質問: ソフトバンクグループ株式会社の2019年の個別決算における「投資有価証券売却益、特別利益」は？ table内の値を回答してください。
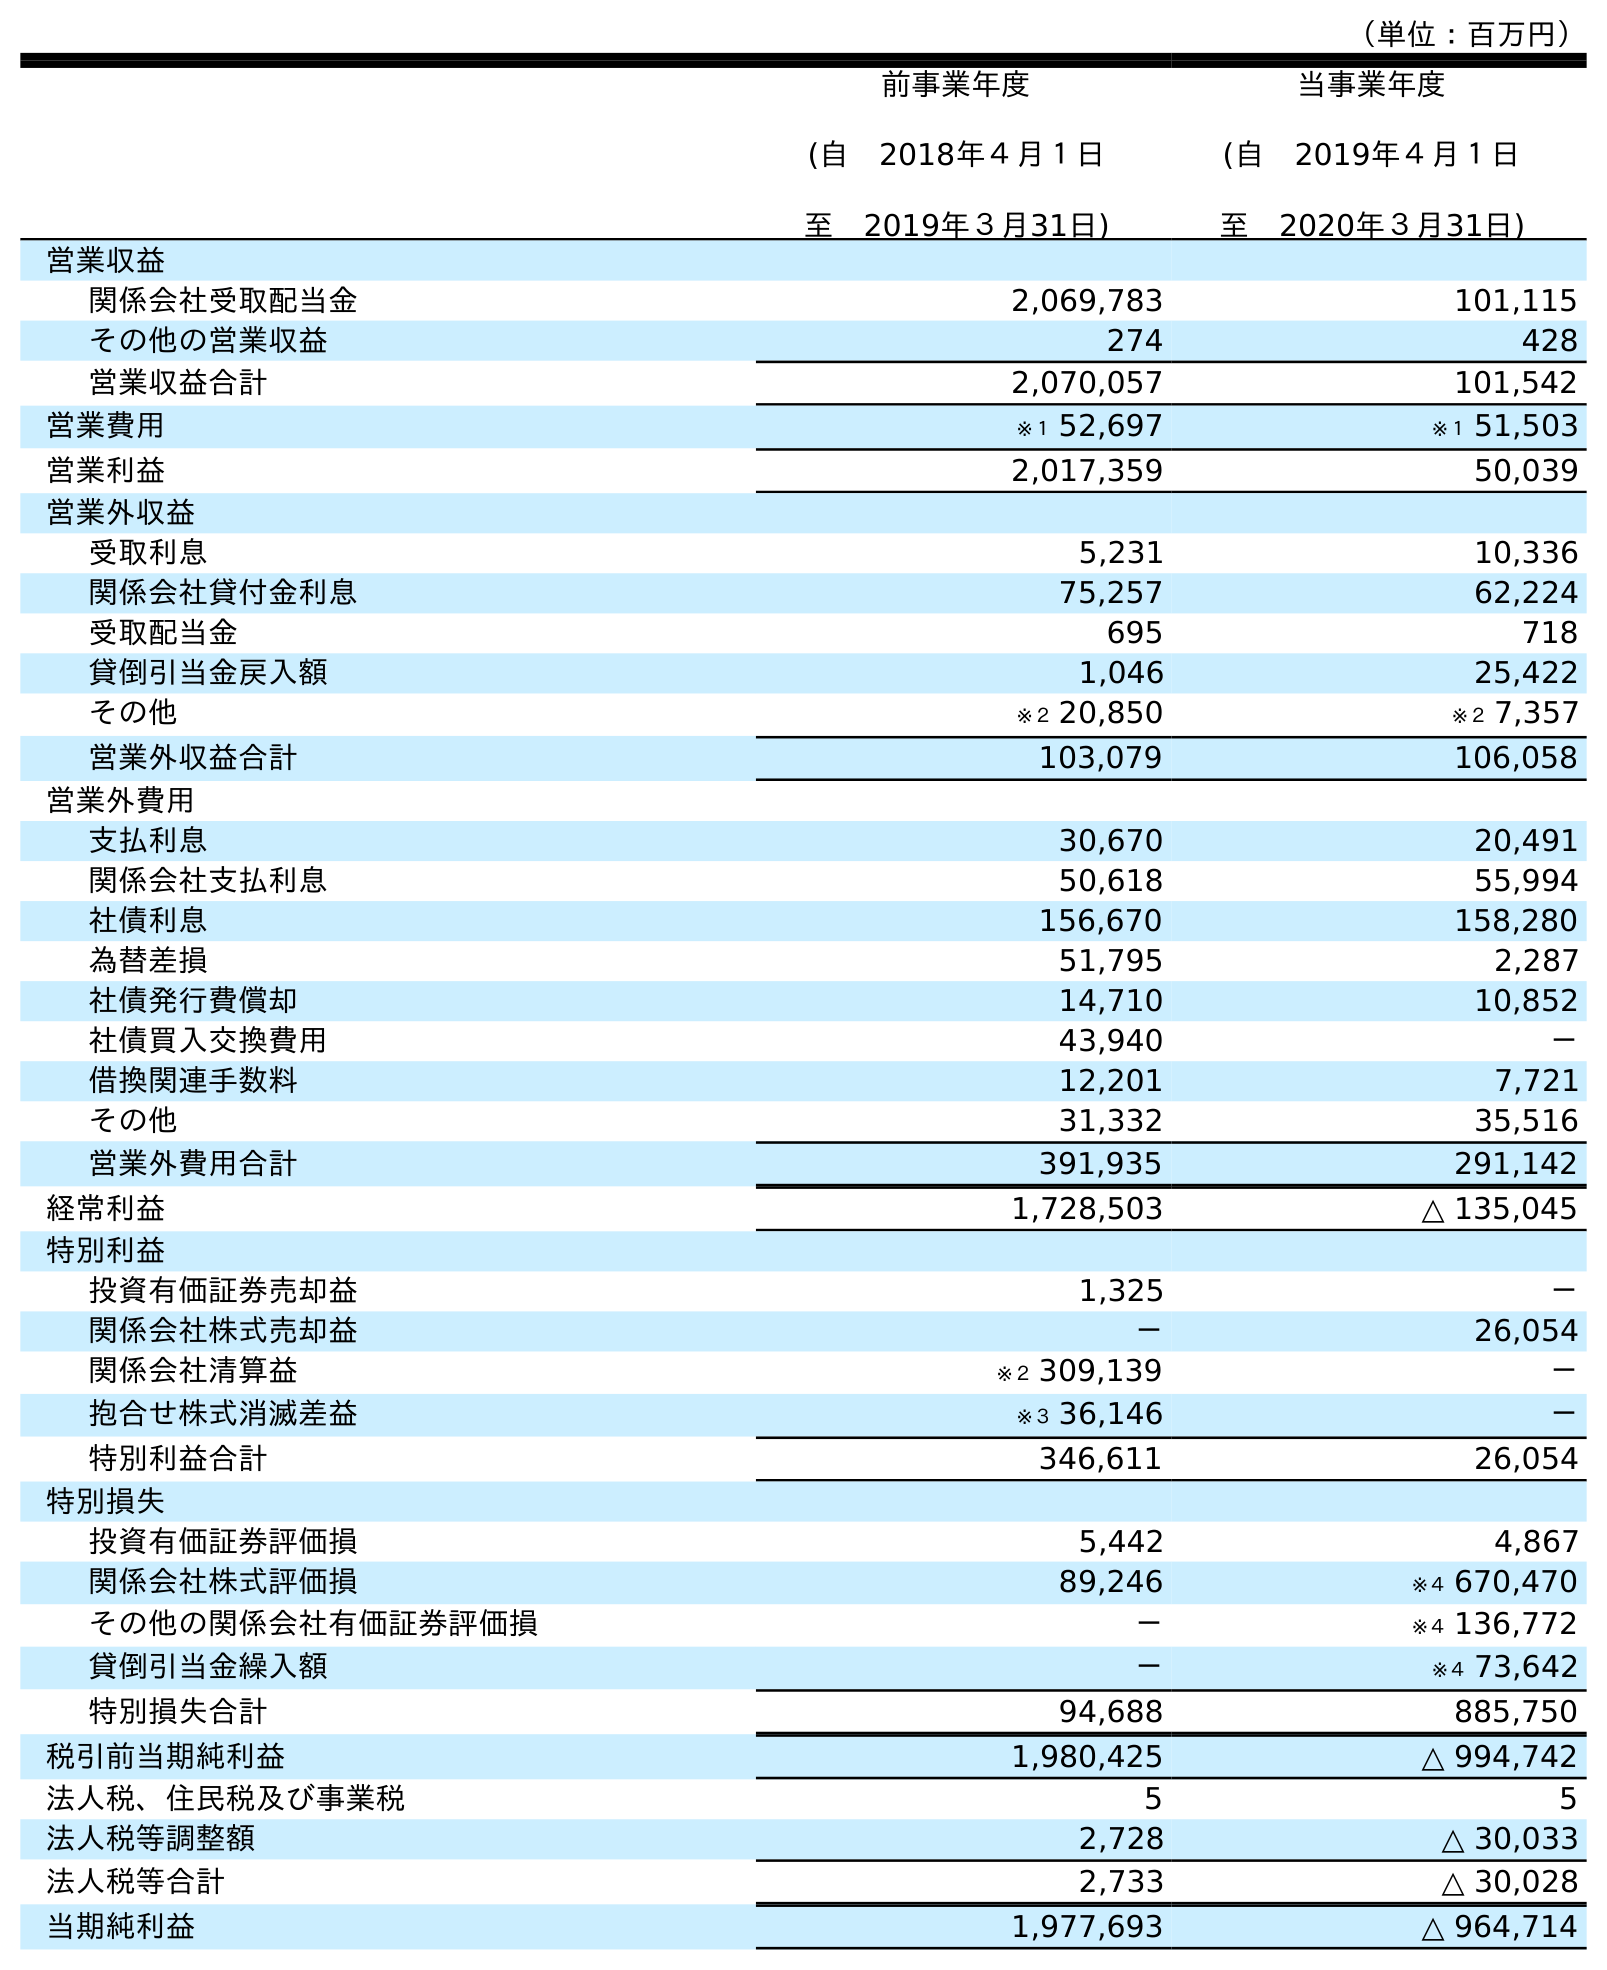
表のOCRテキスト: （単位：百万円） 前事業年度 (自 2018年４月１日 至 2019年３月31日) 当事業年度 (自 2019年４月１日 至 2020年３月31日) 営業収益 関係会社受取配当金 2,069,783 101,115 その他の営業収益 274 428 営業収益合計 2,070,057 101,542 営業費用 ※１ 52,697 ※１ 51,503 営業利益 2,017,359 50,039 営業外収益 受取利息 5,231 10,336 関係会社貸付金利息 75,257 62,224 受取配当金 695 718 貸倒引当金戻入額 1,046 25,422 その他 ※２ 20,850 ※２ 7,357 営業外収益合計 103,079 106,058 営業外費用 支払利息 30,670 20,491 関係会社支払利息 50,618 55,994 社債利息 156,670 158,280 為替差損 51,795 2,287 社債発行費償却 14,710 10,852 社債買入交換費用 43,940 － 借換関連手数料 12,201 7,721 その他 31,332 35,516 営業外費用合計 391,935 291,142 経常利益 1,728,503 △ 135,045 特別利益 投資有価証券売却益 1,325 － 関係会社株式売却益 － 26,054 関係会社清算益 ※２ 309,139 － 抱合せ株式消滅差益 ※３ 36,146 － 特別利益合計 346,611 26,054 特別損失 投資有価証券評価損 5,442 4,867 関係会社株式評価損 89,246 ※４ 670,470 その他の関係会社有価証券評価損 － ※４ 136,772 貸倒引当金繰入額 － ※４ 73,642 特別損失合計 94,688 885,750 税引前当期純利益 1,980,425 △ 994,742 法人税、住民税及び事業税 5 5 法人税等調整額 2,728 △ 30,033 法人税等合計 2,733 △ 30,028 当期純利益 1,977,693 △ 964,714
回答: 1,325